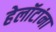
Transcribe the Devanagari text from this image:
हेलॉटांना